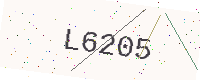
Text: L6205